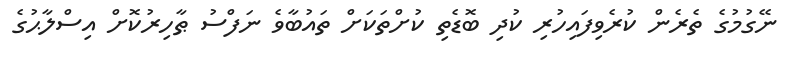
ނޭގުމުގެ ތެރެން ކުރެވިފައިހުރި ކުދި ބޮޑެތި ކުށްތަކަށް ތައުބާވެ ނަފްސު ޠާހިރުކޮށް އިސްލާޙުގެ